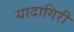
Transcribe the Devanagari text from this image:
यादागिरी